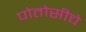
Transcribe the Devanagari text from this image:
पोतोसीचे